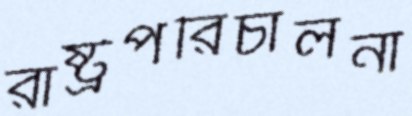
রাষ্ট্রপরিচালনা